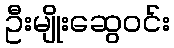
ဦးမျိုးဆွေဝင်း